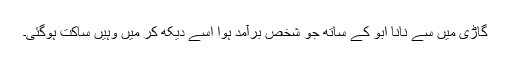
گاڑی میں سے نانا ابو کے ساتھ جو شخص برآمد ہوا اسے دیکھ کر میں وہیں ساکت ہوگئی۔